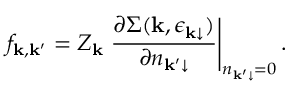
f _ { \mathbf k , \mathbf k ^ { \prime } } = Z _ { \mathbf k } \left. \frac { \partial \Sigma ( \mathbf k , { \epsilon _ { \mathbf k \downarrow } } ) } { \partial n _ { \mathbf k ^ { \prime } \downarrow } } \right\vert _ { n _ { \mathbf k ^ { \prime } \downarrow } = 0 } .